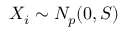
X _ { i } \sim N _ { p } ( 0 , S )